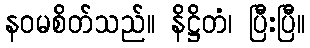
နဝမစိတ်သည်။ နိဋ္ဌိတံ၊ ပြီးပြီ။